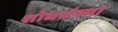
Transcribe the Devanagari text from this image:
शोधसंस्था